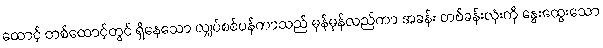
ထောင့် တစ်ထောင့်တွင် ရှိနေသော လျှပ်စစ်ပန်ကာသည် မှန်မှန်လည်ကာ အခန်း တစ်ခန်းလုံးကို နွေးထွေးသော